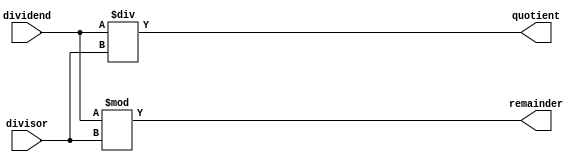
module Divider(
    input wire [31:0] dividend,
    input wire [31:0] divisor,
    output reg [31:0] quotient,
    output reg [31:0] remainder
);

always @(*) begin
    quotient = dividend / divisor;
    remainder = dividend % divisor;
end

endmodule